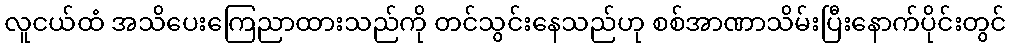
လူငယ်ထံ အသိပေးကြေညာထားသည်ကို တင်သွင်းနေသည်ဟု စစ်အာဏာသိမ်းပြီးနောက်ပိုင်းတွင်